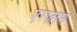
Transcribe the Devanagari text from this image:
एग्ज़ाम